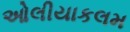
ઓલીયાકલમ